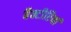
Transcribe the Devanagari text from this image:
बैक्टीरियां